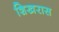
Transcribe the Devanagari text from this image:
शिखरास